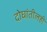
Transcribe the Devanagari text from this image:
दोघांतीलही